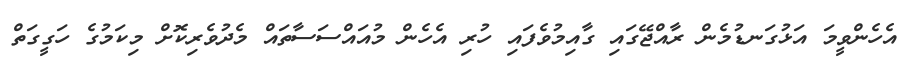
އެެހެންވީމަ އަޅުގަނޑުމެން ރާއްޖޭގައި ގާއިމުވެފައި ހުރި އެހެން މުއައްސަސާތައް މެދުވެރިކޮށް މިކަމުގެ ހަގީގަތް